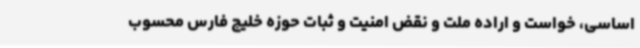
اساسی، خواست و اراده ملت و نقض امنیت و ثبات حوزه خلیج فارس محسوب